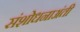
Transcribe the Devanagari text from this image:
संशोधनाअंती